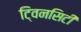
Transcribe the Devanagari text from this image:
टि्वनसिटी